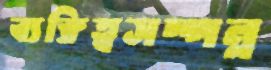
ব্যক্তিত্বসম্পন্ন